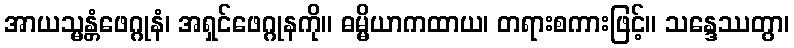
အာယသ္မန္တံဖေဂ္ဂုနံ၊ အရှင်ဖေဂ္ဂုနကို။ ဓမ္မိယာကထာယ၊ တရားစကားဖြင့်။ သန္ဒေဿတွာ၊